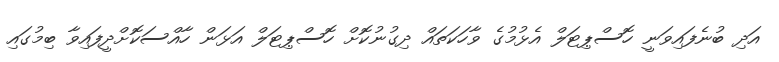
އަދި ބުނެފައިވަނީ ހޮސްޕިޓަލް އެޅުމުގެ ވާހަކަތައް ދިގުނުކޮށް ހޮސްޕިޓަލް އަޅަން ހާއްސަކޮށްދީފައިވާ ބިމުގައި